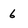
Character: 6